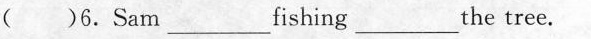
( )6.Sam___ fishing ___the tree.